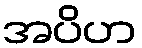
အပိဟ